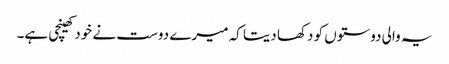
یہ والی دوستوں کو دکھا دیتا کہ میرے دوست نے خود کھینچی ہے۔